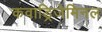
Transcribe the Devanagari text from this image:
कवाड्रिजेमिनल